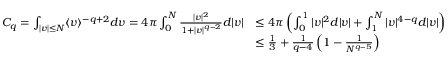
\begin{array} { r l } { C _ { q } = \int _ { \vert v \vert \leq N } \langle v \rangle ^ { - q + 2 } d v = 4 \pi \int _ { 0 } ^ { N } \frac { | v | ^ { 2 } } { 1 + | v | ^ { q - 2 } } d | v | } & { \leq 4 \pi \left( \int _ { 0 } ^ { 1 } | v | ^ { 2 } d | v | + \int _ { 1 } ^ { N } | v | ^ { 4 - q } d | v | \right) } \\ & { \leq \frac { 1 } { 3 } + \frac { 1 } { q - 4 } \left( 1 - \frac { 1 } { N ^ { q - 5 } } \right) } \end{array}